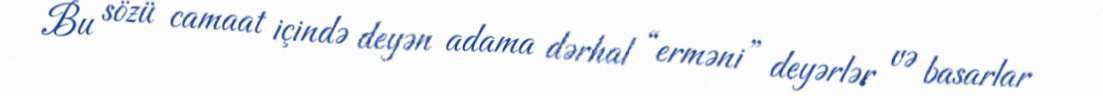
Bu sözü camaat içində deyən adama dərhal “erməni” deyərlər və basarlar